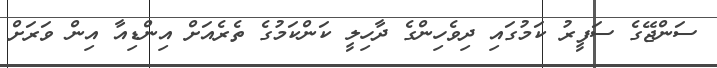
ސަންޖޭގެ ސަފީރު ކަމުގައި ދިވެހިންގެ ދާހިލީ ކަންކަމުގެ ތެރެއަށް އިންޑިއާ އިން ވަރަށް